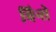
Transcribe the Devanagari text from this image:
विन्से